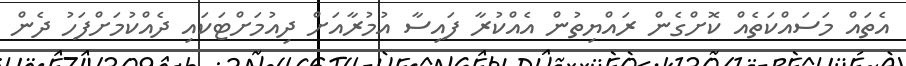
އެތައް މަސައްކަތެއް ކޮށްގެން ރައްޔިތުން އެއްކުރާ ފައިސާ އުމުރާއަށް ދިއުމަށްޓަކައި ދެއްކުމަށްފަހު ދެން